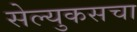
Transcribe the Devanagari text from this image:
सेल्युकसचा